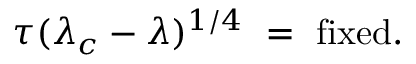
\tau ( \lambda _ { c } - \lambda ) ^ { 1 / 4 } \ = \ \mathrm { f i x e d } .